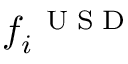
f _ { i } ^ { \mathrm { ~ \tiny ~ U ~ S ~ D ~ } }